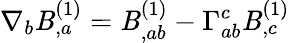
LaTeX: \nabla_{b}\mathit{B}_{,a}^{(1)}=\mathit{B}_{,ab}^{(1)}-\Gamma_{ab}^{c}\mathit{B}_{,c}^{(1)}